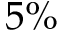
5 \%